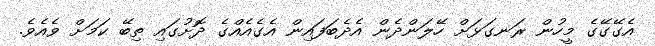
އެގޭގޭގެ މީހުން ރަނގަޅަށް ހޭލަންދެން އެދެބަފައިން އެގެއެއްގެ ދޮށުގައި ތިބޭ ކަމަށް ވެއެވެ.